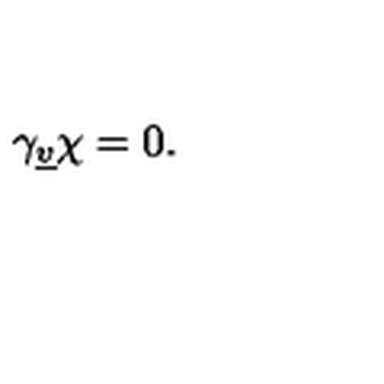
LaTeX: \gamma _ { \underline { { v } } } \chi = 0 .